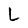
Character: L